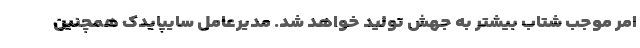
امر موجب شتاب بیشتر به جهش توليد خواهد شد. مدیرعامل سایپایدک همچنین